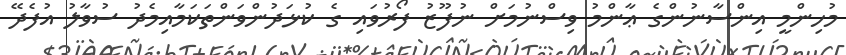
މުހިންމީ އިންސާނުންގެ ޢާންމު ވިސްނުމަށް ނުފޫޒު ފޯރުވައި ގެ ކުޅަދުންވަންތަކަމާއިމެދު ސުވާލު އުފެދޭ